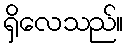
ရှိလေသည်။